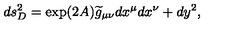
d s _ { D } ^ { 2 } = \exp ( 2 A ) { \widetilde g } _ { \mu \nu } d x ^ { \mu } d x ^ { \nu } + d y ^ { 2 } ,